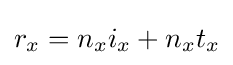
r_{x}={n_{x}}{i_{x}+n_{x}t_{x}}